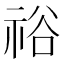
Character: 𥙿